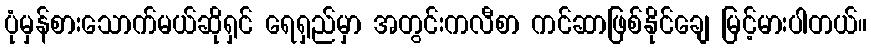
ပုံမှန်စားသောက်မယ်ဆိုရှင် ရေရှည်မှာ အတွင်းကလီစာ ကင်ဆာဖြစ်နိုင်ချေ မြင့်မားပါတယ်။